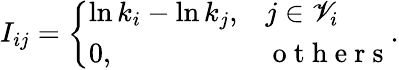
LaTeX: I_{ij}=\left\{ \begin{array}{ll}{\ln k_{i}-\ln k_{j},}&{j\in\mathscr{V}_{i}}\\ {0,}&{\mathrm{~o~t~h~e~r~s~}}\end{array}\right..